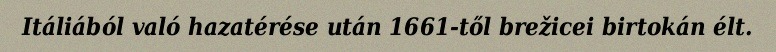
Itáliából való hazatérése után 1661-től brežicei birtokán élt.